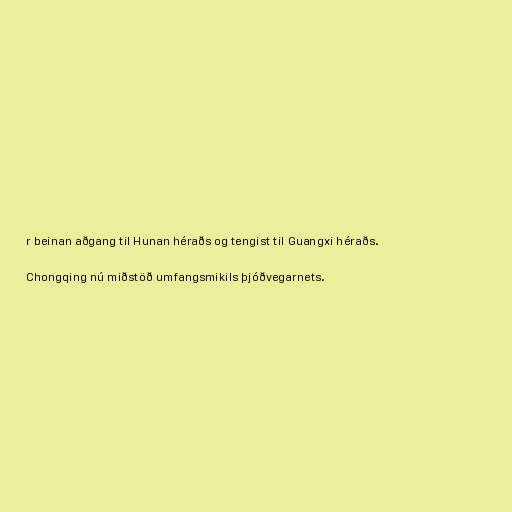
r beinan aðgang til Hunan héraðs og tengist til Guangxi héraðs.

Chongqing nú miðstöð umfangsmikils þjóðvegarnets.